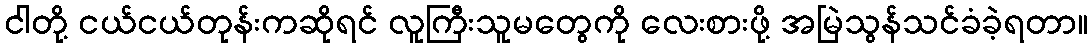
ငါတို့ ငယ်ငယ်တုန်းကဆိုရင် လူကြီးသူမတွေကို လေးစားဖို့ အမြဲသွန်သင်ခံခဲ့ရတာ။